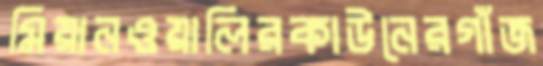
মিয়ানওয়ালিরকাউনেরগাঁজ